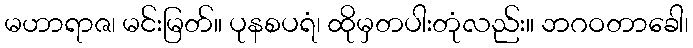
မဟာရာဇ၊ မင်းမြတ်။ ပုနစပရံ၊ ထိုမှတပါးတုံလည်း။ ဘဂဝတာခေါ၊